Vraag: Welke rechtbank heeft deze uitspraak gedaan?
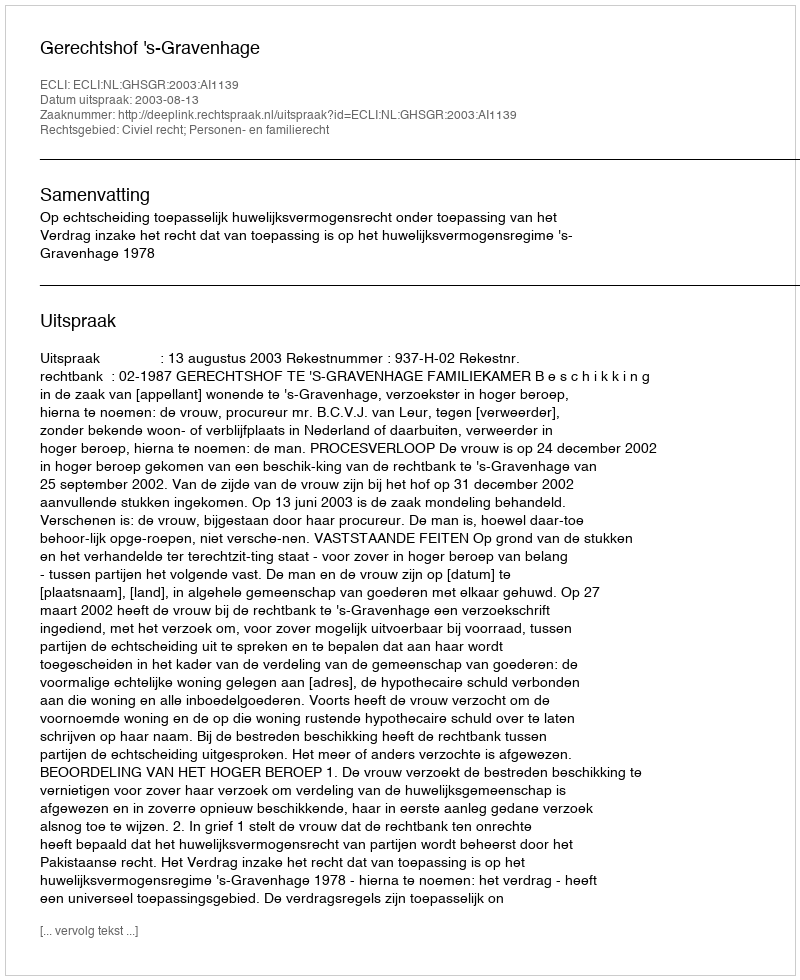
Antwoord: Gerechtshof 's-Gravenhage